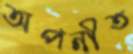
অপনীত